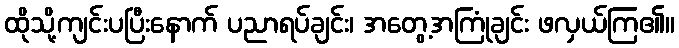
ထိုသို့ကျင်းပပြီးနောက် ပညာရပ်ချင်း၊ အတွေ့အကြုံချင်း ဖလှယ်ကြ၏။